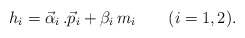
\begin{align*}h_i = \vec \alpha_i\, . \vec p_i + \beta_i\, m_i\qquad (i=1,2). \end{align*}